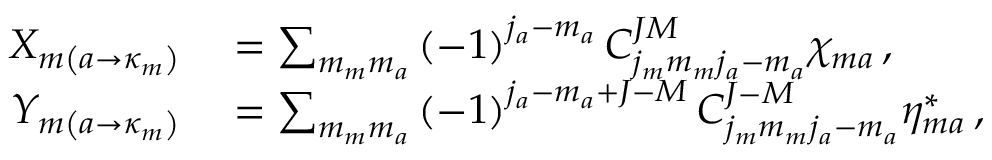
\begin{array} { r l } { X _ { m \left( a \rightarrow \kappa _ { m } \right) } } & { { } = \sum _ { m _ { m } m _ { a } } \left( - 1 \right) ^ { j _ { a } - m _ { a } } C _ { j _ { m } m _ { m } j _ { a } - m _ { a } } ^ { J M } \chi _ { m a } \, , } \\ { Y _ { m \left( a \rightarrow \kappa _ { m } \right) } } & { { } = \sum _ { m _ { m } m _ { a } } \left( - 1 \right) ^ { j _ { a } - m _ { a } + J - M } C _ { j _ { m } m _ { m } j _ { a } - m _ { a } } ^ { J - M } \eta _ { m a } ^ { * } \, , } \end{array}